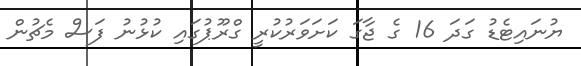
ޔުނައިޓެޑު ގަދަ 16 ގެ ޖާގަ ކަށަވަރުކުރީ ގްރޫޕުގައި ކުޅުނު ފަސް މެޗުން